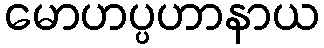
မောဟပ္ပဟာနာယ